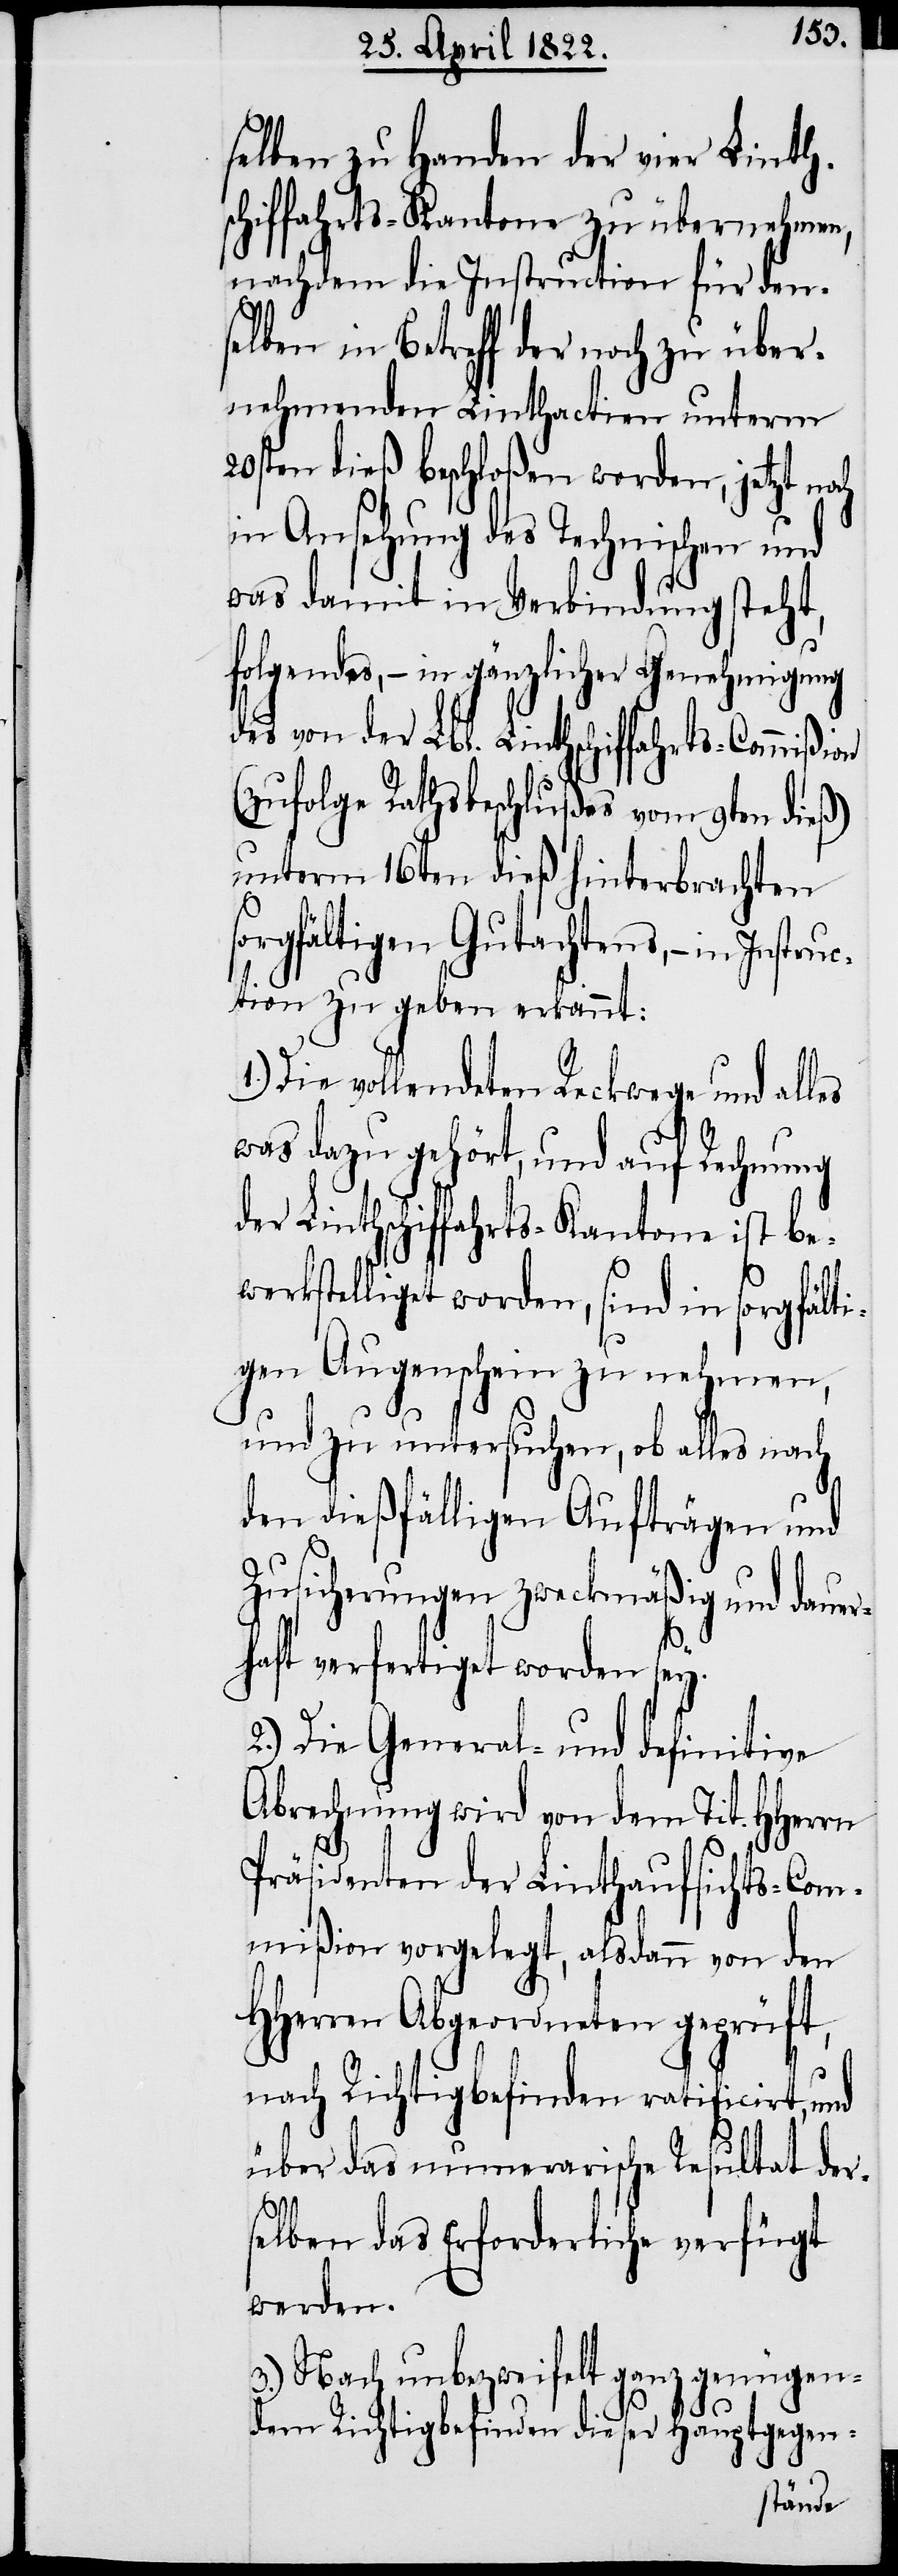
sel¬
bigen zu Handen der vier Linth¬
schiffahrts-Kantone zu übernehmen,
nachdem die Instruction für den¬
selben in Betreff der noch zu über¬
nehmenden Linthactien unterm
20ten dieß beschloßen worden, jetzt
in Ansehung des Technischen und
was damit in Verbindung steht,
folgendes, – in gänzlicher Genehmigung
des von der Lbl. Linthschiffahrts-Commißion
(zufolge Rathsbeschlußes vom 9ten dieß)
unterm 16ten dieß hinterbrachten
sorgfältigen Gutachtens, – in Inst¬
ruction zu geben erkannt:
1.) Die vollendeten Reckwege und alles
was dazu gehört, und auf Rechnung
der Linthschiffahrts-Kantone ist be¬
werkstelligt worden, sind in sorgfälti¬
gen Augenschein zu nehmen,
und zu untersuchen, ob alles nach
den dießfälligen Aufträgen und
Zusicherungen zweckmäßig und daue¬
rhaft verfertiget worden sey.
2.) Die General- und definitive
Abrechnung wird von dem Tit. HHerrn
Präsidenten der Linthaufsichts-Com¬
mißion vorgelegt, alsdann von den
HHerren Abgeordneten geprüft,
nach Richtigbefinden ratificirt, und
über das numerarische Resultat der¬
selben das Erforderliche verfügt
werden.
3.) Nach unbezweifelt ganz genügen¬
dem Richtigbefinden dieser Hauptgegen-